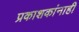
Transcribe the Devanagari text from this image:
प्रकाशकांनाही